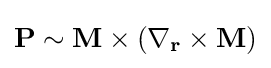
\mathbf {P} \sim \mathbf {M} \times (\nabla _{\mathbf {r} }\times \mathbf {M} )